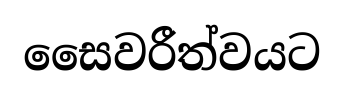
සෛවරීත්වයට